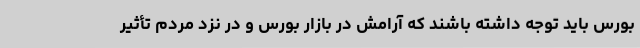
بورس باید توجه داشته باشند که آرامش در بازار بورس و در نزد مردم تأثیر